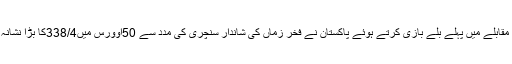
مذکورہ مقابلے میں پہلے بلے بازی کرتے ہوئے پاکستان نے فخر زماں کی شاندار سنچری کی مدد سے 50اوورس میں338/4کا بڑا نشانہ چھورا۔